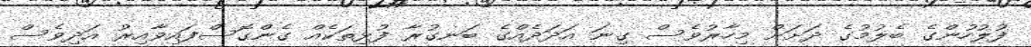
ފުލުހުންގެ ބެލުމުގެ ދަށަށް މިހާރުވެސް ގިނަ އަދަދެއްގެ ބަނގުރާ ފުޅިތަކެއް ގެންގޮސްފައިވާއިރު އަދިވެސް